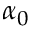
\alpha _ { 0 }